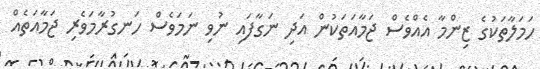
ހަމަލާތަކުގެ ޒިންމާ އެއްވެސް ޖަމާއަތަކުން އަދި ނަގާފައި ނުވި ނަމަވެސް ހަނގުރާމަވެރި ޖަމާއަތެއް